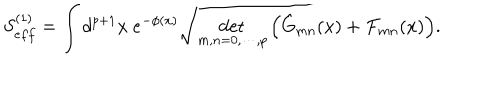
S _ { e f f } ^ { ( 1 ) } = \int d ^ { p + 1 } x ~ e ^ { - \phi ( x ) } \sqrt { \det _ { m , n = 0 , \cdots , p } \left( \hat { G } _ { m n } ( x ) + { \cal F } _ { m n } ( x ) \right) } .